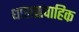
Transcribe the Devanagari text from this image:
धाराप्रावाहिक